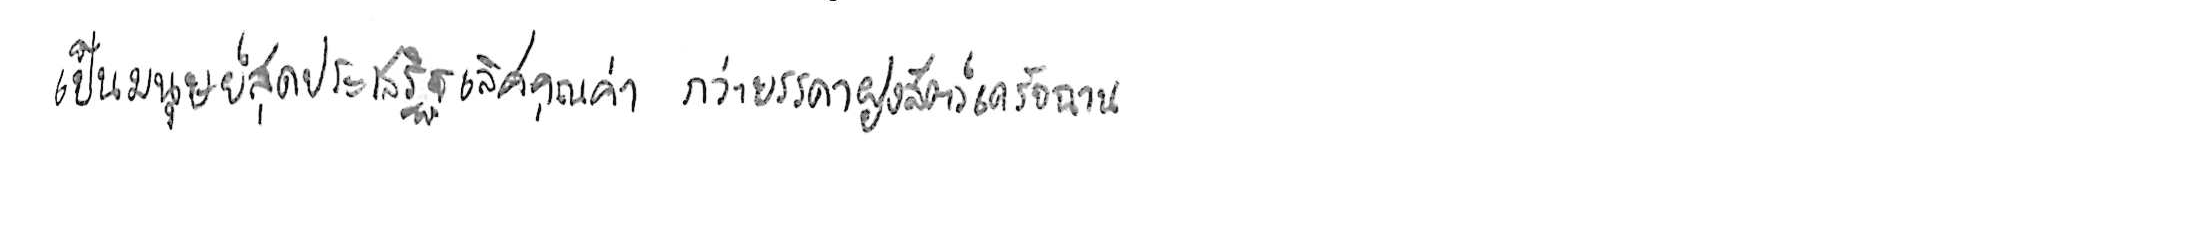
เป็นมนุษย์สุดประเสริฐเลิศคุณค่า กว่าบรรดาฝูงสัตว์เดรัจฉาน